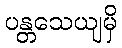
ပန္တသေယျမှိ